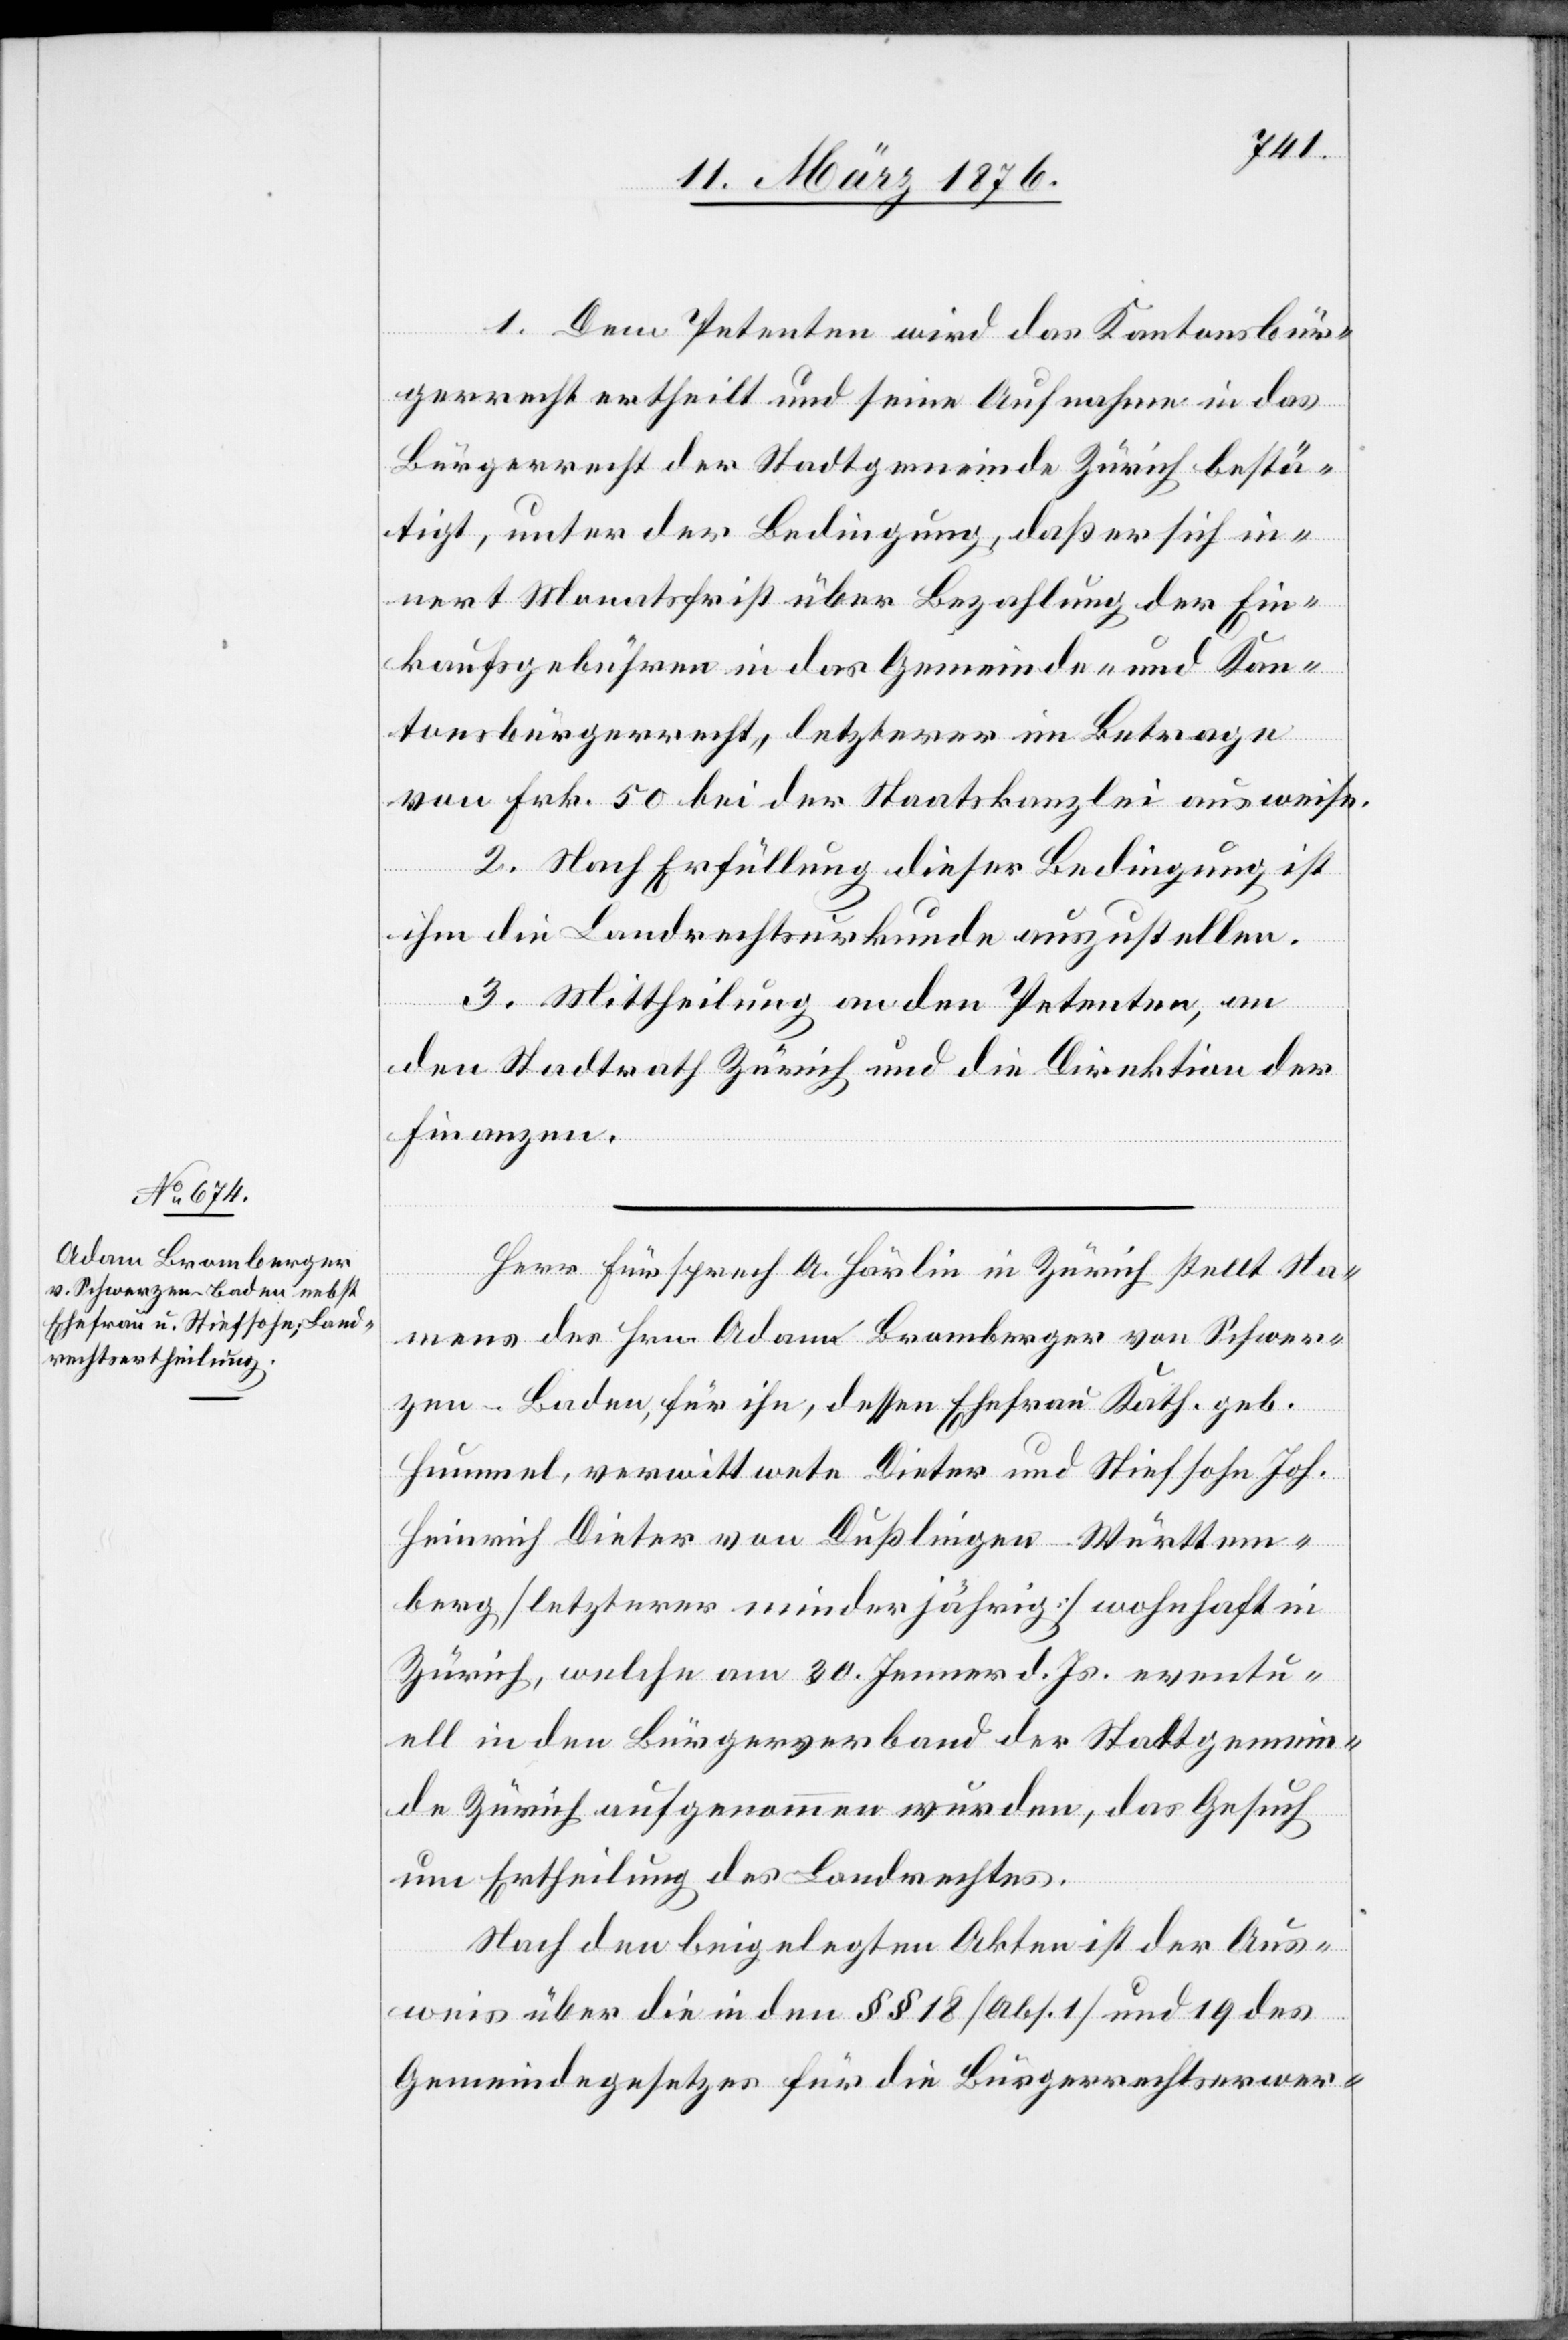
1. Dem Petenten wird das Kantonsbür¬
gerrecht ertheilt und seine Aufnahme in das
Bürgerrecht der Stadtgemeinde Zürich bestä¬
tigt, unter der Bedingung, daß er sich in¬
nert Monatsfrist über Bezahlung der Ein¬
kaufsgebühren in das Gemeinde- und Kan¬
tonsbürgerrecht, letzterer im Betrage
von Frk. 50 bei der Staatskanzlei ausweise.
2. Nach Erfüllung dieser Bedingung ist
ihm die Landrechtsurkunde auszustellen.
3. Mittheilung an den Petenten, an
den Stadtrath Zürich und die Direktion der
Finanzen.